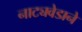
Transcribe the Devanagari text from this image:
नाट्यवेडाने